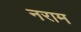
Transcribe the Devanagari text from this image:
नराम